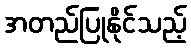
အတည်ပြုနိုင်သည့်